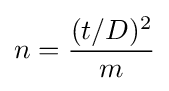
n={\frac {(t/D)^{2}}{m}}